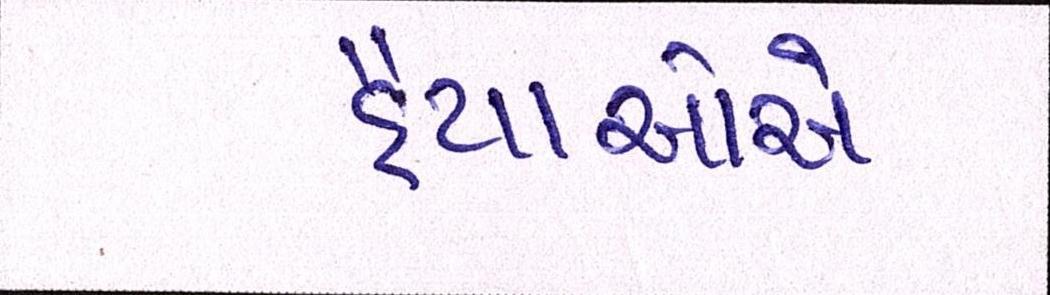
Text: હૈયાઓએ